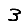
Digit: 3